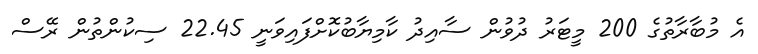
އެ މުބާރާތުގެ 200 މީޓަރު ދުވުން ސާއިދު ކާމިޔާބުކޮށްފައިވަނީ 22.45 ސިކުންތުން ރޭސް